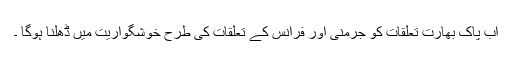
اب پاک بھارت تعلقات کو جرمنی اور فرانس کے تعلقات کی طرح خوشگواریت میں ڈھلنا ہوگا ۔